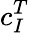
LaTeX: c_{I}^{T}